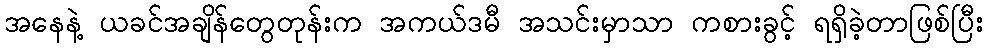
အနေနဲ့ ယခင်အချိန်တွေတုန်းက အကယ်ဒမီ အသင်းမှာသာ ကစားခွင့် ရရှိခဲ့တာဖြစ်ပြီး